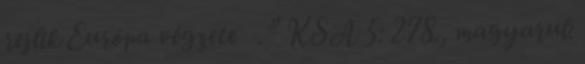
rejlik Európa végzete .” KSA 5: 278., magyarul: